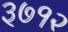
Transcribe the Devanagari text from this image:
३७१२